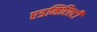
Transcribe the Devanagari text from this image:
एडमिरिल्टी